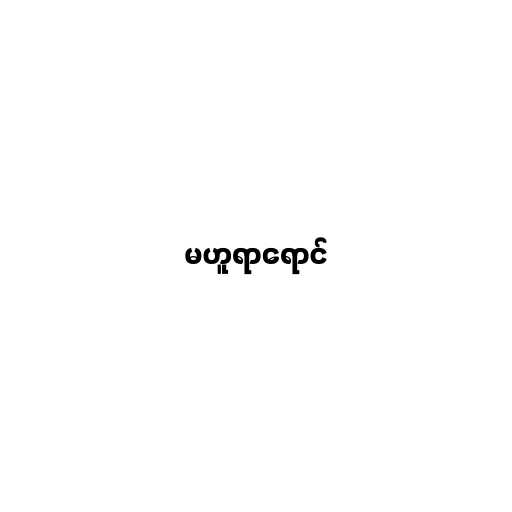
မဟူရာရောင်